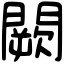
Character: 闕